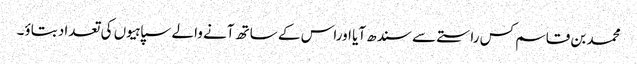
محمد بن قاسم کس راستے سے سندھ آیا اوراس کے ساتھ آنے والے سپاہیوں کی تعداد بتاؤ۔